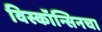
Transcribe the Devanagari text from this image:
विस्कॉन्सिनचा